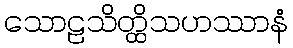
သောဠသိတ္ထိသဟဿာနံ